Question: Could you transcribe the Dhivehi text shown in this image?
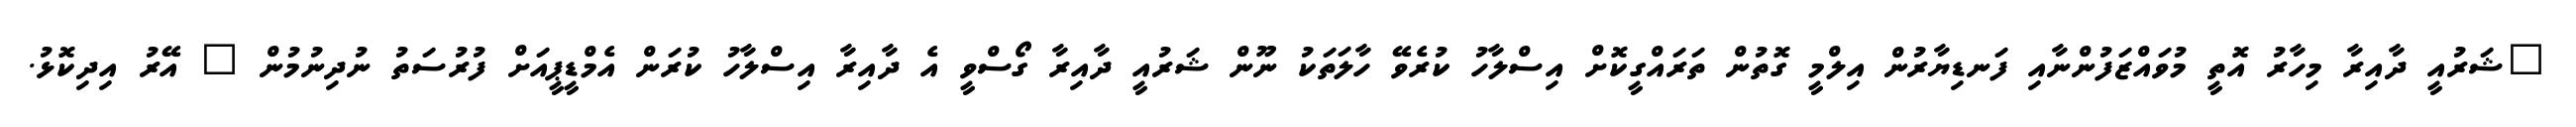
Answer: "ޝަރުއީ ދާއިރާ މިހާރު އޮތީ މުވައްޒަފުންނާއި ފަނޑިޔާރުން އިލްމީ ގޮތުން ތަރައްގީކޮށް އިސްލާހު ކުރެވޭ ހާލަތަކު ނޫން ޝަރުއީ ދާއިރާ ގޯސްވީ އެ ދާއިރާ އިސްލާހު ކުރަން އެމްޑީޕީއަށް ފުރުސަތު ނުދިނުމުން " އޭރު އިދިކޮޅު.